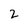
Character: 2